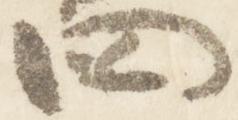
四